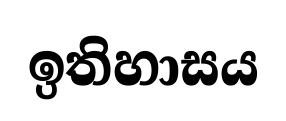
ඉතිහාසය